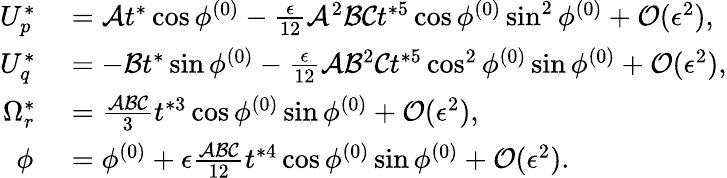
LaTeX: \begin{array}{rl}{U_{p}^{*}}&{{}=\mathcal{A}t^{*}\cos\phi^{(0)}-\frac{\epsilon}{12}\mathcal{A}^{2}\mathcal{B}\mathcal{C}t^{*5}\cos\phi^{(0)}\sin^{2}\phi^{(0)}+\mathcal{O}(\epsilon^{2}),}\\ {U_{q}^{*}}&{{}=-\mathcal{B}t^{*}\sin\phi^{(0)}-\frac{\epsilon}{12}\mathcal{A}\mathcal{B}^{2}\mathcal{C}t^{*5}\cos^{2}\phi^{(0)}\sin\phi^{(0)}+\mathcal{O}(\epsilon^{2}),}\\ {\Omega_{r}^{*}}&{{}=\frac{\mathcal{A}\mathcal{B}\mathcal{C}}{3}t^{*3}\cos\phi^{(0)}\sin\phi^{(0)}+\mathcal{O}(\epsilon^{2}),}\\ {\phi^{}}&{{}=\phi^{(0)}+\epsilon\frac{\mathcal{A}\mathcal{B}\mathcal{C}}{12}t^{*4}\cos\phi^{(0)}\sin\phi^{(0)}+\mathcal{O}(\epsilon^{2}).}\end{array}